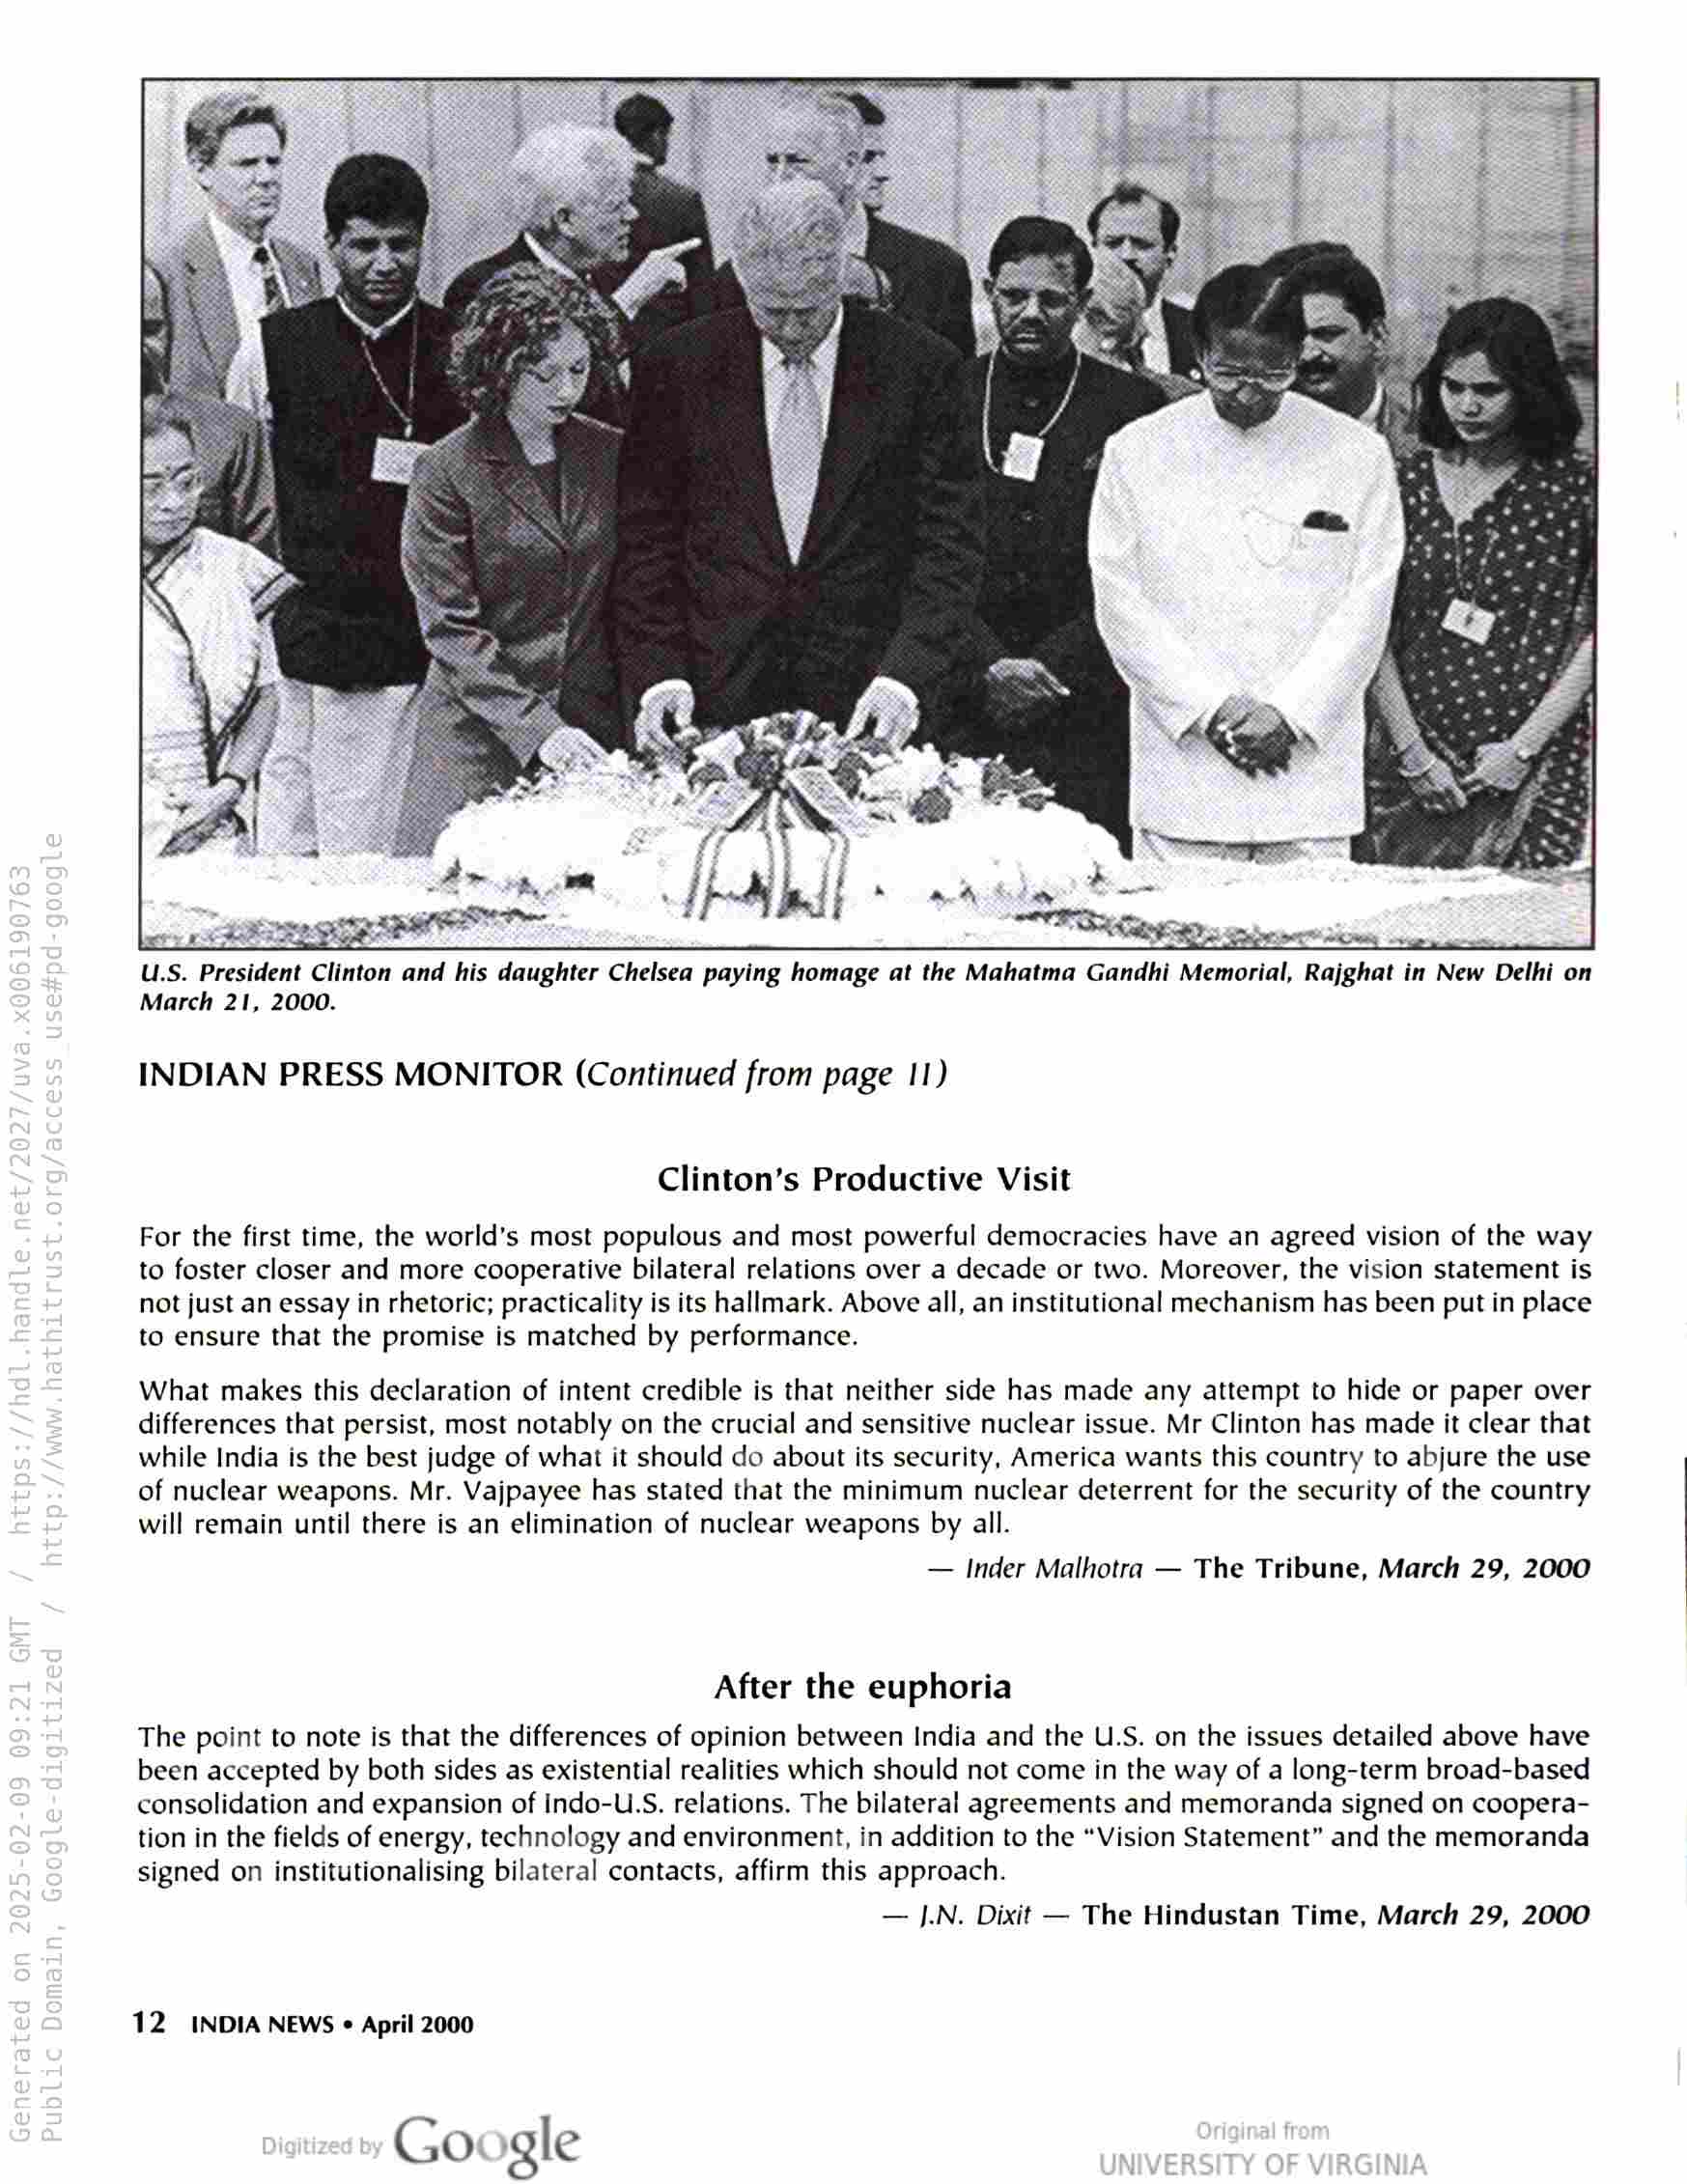
March 21, 2000.

INDIAN PRESS MONITOR (Continued from page 11)

Clinton’s Productive Visit

For the first time, the world’s most populous and most powerful democracies have an agreed vision of the way
to foster closer and more cooperative bilateral relations over a decade or two. Moreover, the vision statement is
not just an essay in rhetoric; practicality is its hallmark. Above all, an institutional mechanism has been put in place
to ensure that the promise is matched by performance.

What makes this declaration of intent credible is that neither side has made any attempt to hide or paper over
differences that persist, most notably on the crucial and sensitive nuclear issue. Mr Clinton has made it clear that
while India is the best judge of what it should do about its security, America wants this country to abjure the use
of nuclear weapons. Mr. Vajpayee has stated that the minimum nuclear deterrent for the security of the country
will remain until there is an elimination of nuclear weapons by all.

— Inder Malhotra — The Tribune, March 29, 2000

After the euphoria

The point to note is that the differences of opinion between India and the U.S. on the issues detailed above have
been accepted by both sides as existential realities which should not come in the way of a long-term broad-based
consolidation and expansion of indo-U.S. relations. The bilateral agreements and memoranda signed on coopera-
tion in the fields of energy, technology and environment, in addition to the “Vision Statement” and the memoranda
signed on institutionalising bilateral contacts, affirm this approach.

— J.N. Dixit — The Hindustan Time, March 29, 2000

12 INDIA NEWS « April 2000

Google